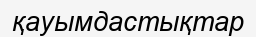
қауымдастықтар